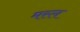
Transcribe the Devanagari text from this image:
मस्ल